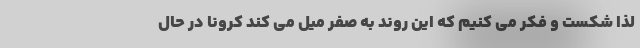
لذا شکست و فکر می کنیم که این روند به صفر میل می کند کرونا در حال